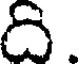
ది.